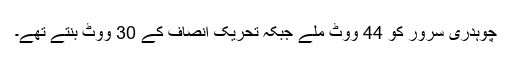
چوہدری سرور کو 44 ووٹ ملے جبکہ تحریک انصاف کے 30 ووٹ بنتے تھے۔